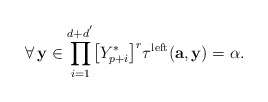
\begin{align*}\forall\,\mathbf{y}\in\displaystyle{\prod_{i=1}^{d+d^{'}}}\big{[}Y^{*}_{p+i}\big{]}^{r}\tau^{\mathrm{left}}(\mathbf{a},\mathbf{y})=\alpha.\end{align*}